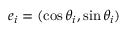
\boldsymbol { e } _ { i } = ( \cos \theta _ { i } , \sin \theta _ { i } )